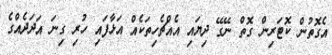
އެގޮތުން ކޮޓަރިން ގޮތް ނޭގޭ ދިޔައި އެއްޗެހިތަކެއް އަޅާފައި ހުރި ގިނަ އަދަދެއްގެ